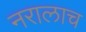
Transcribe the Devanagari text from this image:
नरालाच